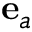
{ \bf e } _ { a }